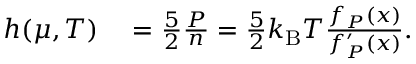
\begin{array} { r l } { h ( \mu , T ) } & { { } = \frac { 5 } { 2 } \frac { P } { n } = \frac { 5 } { 2 } k _ { \mathrm { B } } T \frac { f _ { P } ( x ) } { f _ { P } ^ { \prime } ( x ) } . } \end{array}